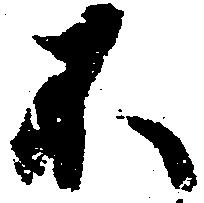
不